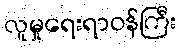
လူမှုရေးရာဝန်ကြီး